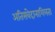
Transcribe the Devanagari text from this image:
अतिसंवेदानाशिलता